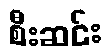
စီးဆင်း